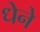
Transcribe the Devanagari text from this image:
धेने